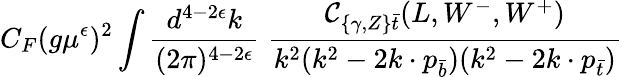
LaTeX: C_{F}(g\mu^{\epsilon})^{2}\int{\frac{d^{4-2\epsilon}k}{(2\pi)^{4-2\epsilon}}}\; {\frac{{\cal C}_{\{ \gamma,Z\} \bar{t}}(L,W^{-},W^{+})}{k^{2}(k^{2}-2k\cdot p_{\bar{b}})(k^{2}-2k\cdot p_{\bar{t}})}}